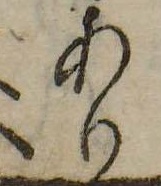
あり